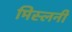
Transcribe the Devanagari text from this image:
मिस्लनी